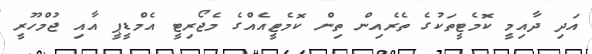
އަދި ދާއިމީ ކޮމެޓީތަކުގެ ތެރެއިން ތިން ކޮމެޓީއެއްގެ މެޖޯރިޓީ އެމްޑީޕީ އާއި ޖުމްހޫރީ